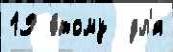
19 э́тому  дл'я